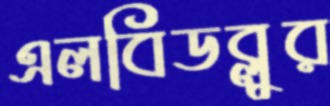
এলবিডব্লুর